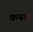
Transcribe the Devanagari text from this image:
कयादू